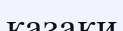
қазақи